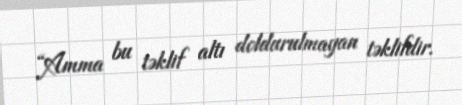
“Amma bu təklif altı doldurulmayan təklifdir.